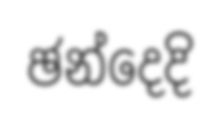
ඡන්දෙදි